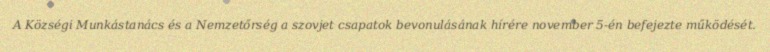
A Községi Munkástanács és a Nemzetőrség a szovjet csapatok bevonulásának hírére november 5-én befejezte működését.